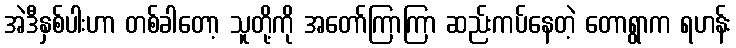
အဲဒီနှစ်ပါးဟာ တစ်ခါတော့ သူတို့ကို အတော်ကြာကြာ ဆည်းကပ်နေတဲ့ တောရွာက ရဟန်း